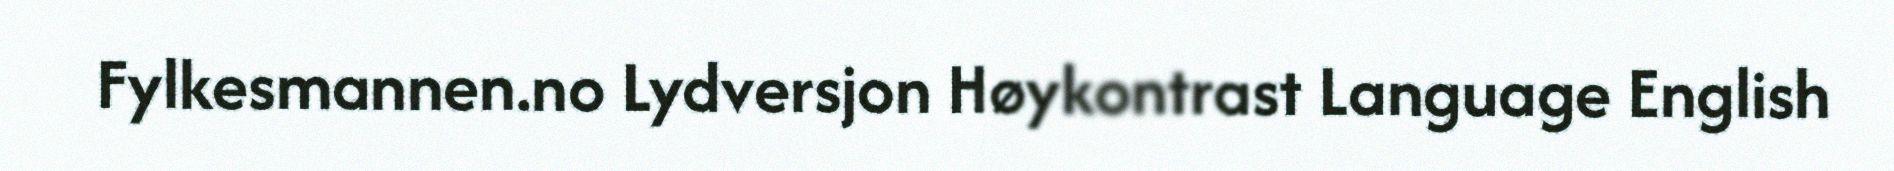
Fylkesmannen.no Lydversjon Høykontrast Language English